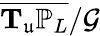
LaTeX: \overline{{\mathbf{T}_{\mathfrak{u}}\mathbb{P}_{L}}}/\mathcal{G}